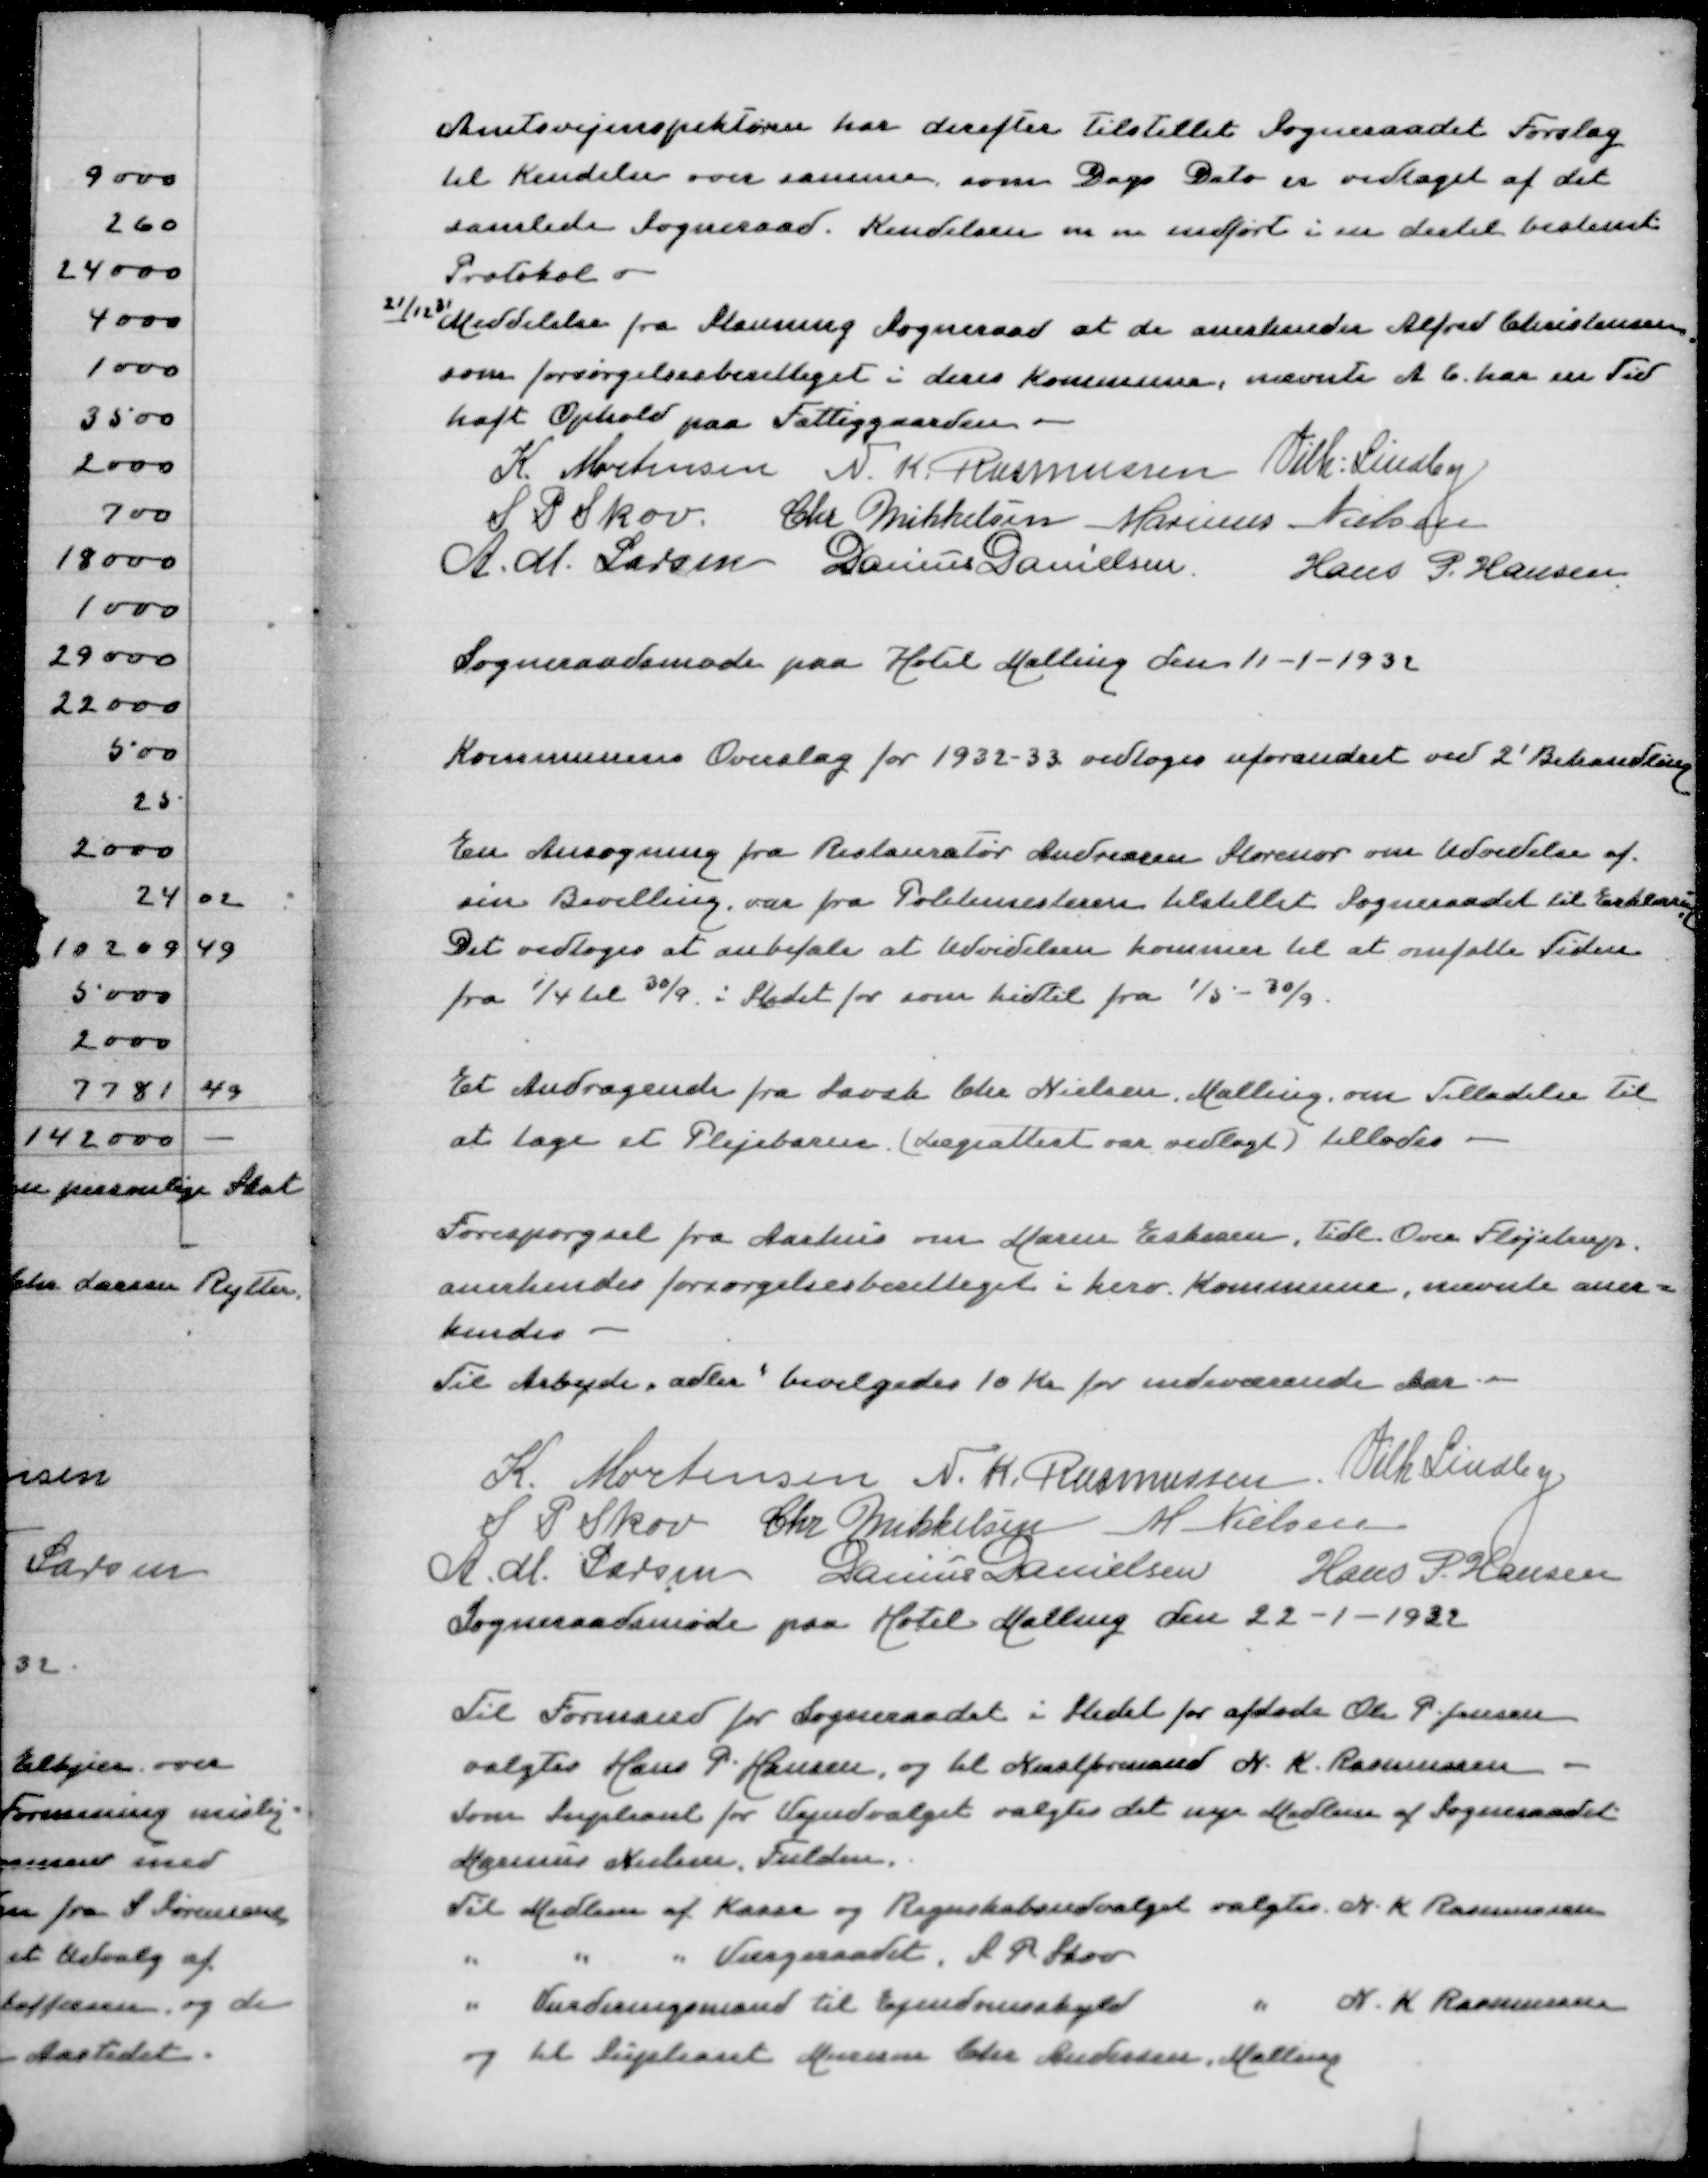
Transskription:
Amtvejinspektøren har derefter tilstillet Sogneraadet Forslag
til Kendelse over samme som Dags Dato er vedtaget af det
samlede Sogneraad. Kendelsen m m indført i en dertil bestemt
Protokol
21/12 31 Meddelelse fra Stauning Sogneraad at de anerkender Alfred Christensen
som forsørgelsesberettiget i deres Kommune, nævnte A C har en Tid
haft Ophold paa Fattiggaarden
K Mortensen
N K Rasmussen
Vilh Lindby
S P Skov
Chr Mikkelsen
Marinus Nielsen
A M Larsen
Danius Danielsen
Hans P Hansen

Sogneraadsmøde paa Hotel Malling den 11-1-1932

Kommunens Overslag for 1932-33 vedtoges uforandret ved 2' Behandling

En Ansøgning fra Restauratør Andreasen Storenor om Udvidelse af
sin Bevilling var fra Politimesteren tilstillet Sogneraadet til Erklæring
Det vedtoges at anbefale at Udvidelsen kommer til at omfatte Tiden
fra 1/4 til 30/9 i Stedet for som hidtil 1/5 - 30/9

Et Andragende fra Savsk Chr Nielsen Malling om Tilladelse til
at tage et Plejebarn (Lægeattest var vedlagt( tillodes

Forespørgsel fra Aarhus om Maren Eskesen, tidl Over Fløjstrup
anerkendes forsørgelsesberettiget i herv Kommune, nævnte aner=
kendes
Til Arbejde "adler" bevilgedes 10 Kr for indeværende Aar

K Mortensen
N K Rasmussen
Vilh Lindby
S P Skov
Chr Mikkelsen
M Nielsen
A M Larsen
Danius Danielsen
Hans P Hansen
Sogneraadsmøde paa Hotel Malling 22-1-1932

Til Formand for Sogneraadet i Stedet for afdøde Ole P Jensen
valgtes Hans P Hansen, og til Næstformand N K Rasmussen
Som supleant for Vejudvalget valgtes det nye Medlem af Sogneraadet
Marinus Nielsen, Fulden
Til Medlem af Kasse og Regnskabsudvalget valgtes N K Rasmussen
" " " Værgeraadet, S P Skov
" Vurderingsmand til Ejendomsskyld " N K Rasmussen
og til Supleant Murerm Chr Andersen, Malling